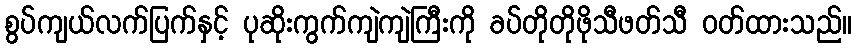
စွပ်ကျယ်လက်ပြက်နှင့် ပုဆိုးကွက်ကျဲကျဲကြီးကို ခပ်တိုတိုဖိုသီဖတ်သီ ဝတ်ထားသည်။